342_HS1-416511228_319.1 Flying Discs 1949
Agency: Department of War
Incident date: 1/9/50
Page 80
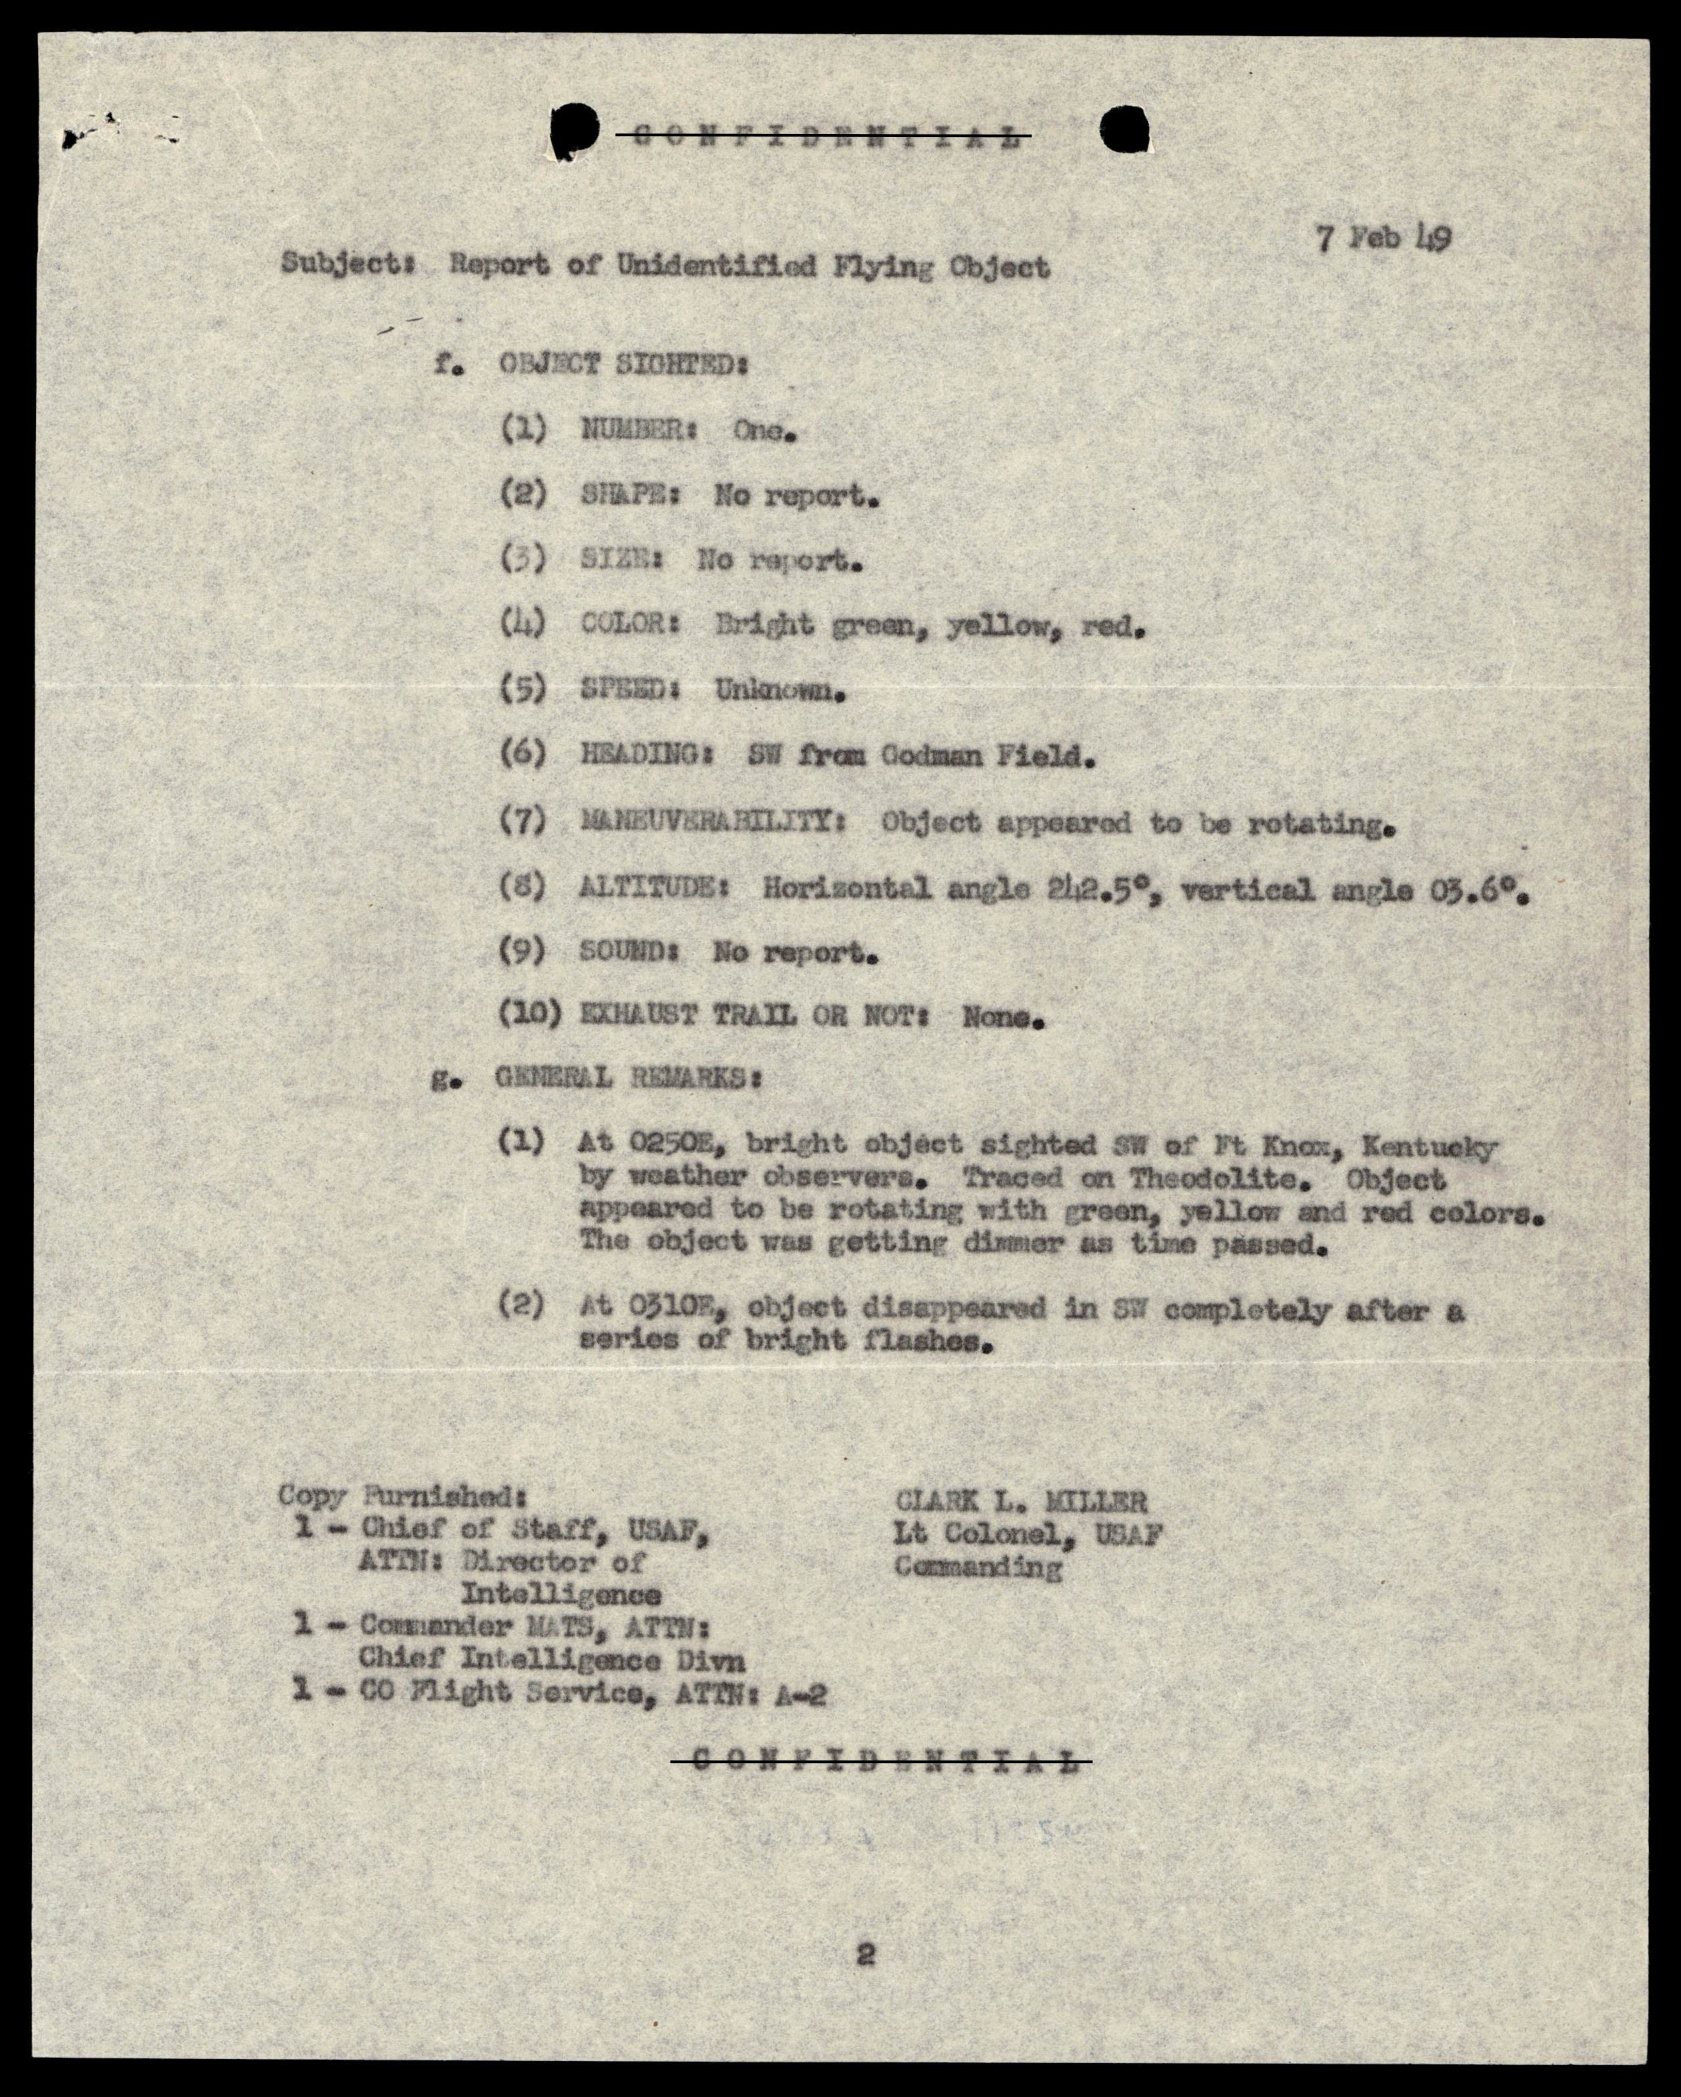